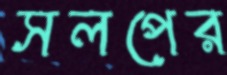
সলপের